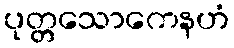
ပုတ္တသောကေနဟံ